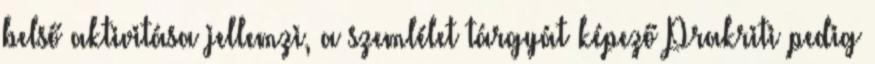
belső aktivitása jellemzi, a szemlélet tárgyát képező Prakriti pedig